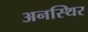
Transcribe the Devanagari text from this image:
अनस्थिर